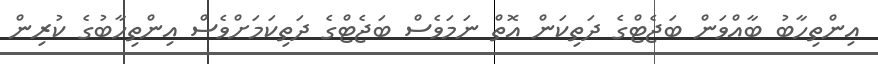
އިންތިހާބު ބާއްވަން ބަޖެޓްގެ ދަތިކަން އޮތް ނަމަވެސް ބަޖެޓްގެ ދަތިކަމަށްވެސް އިންތިހާބުގެ ކުރިން